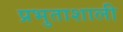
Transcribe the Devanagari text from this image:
प्रभुताशाली